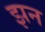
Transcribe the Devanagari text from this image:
झन